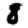
Digit: 8